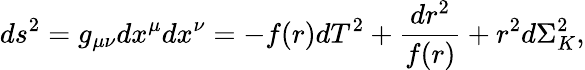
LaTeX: ds^{2}=g_{\mu\nu}dx^{\mu}dx^{\nu}=-f(r)dT^{2}+\frac{dr^{2}}{f(r)}+r^{2}d\Sigma_{K}^{2},